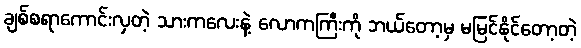
ချစ်စရာကောင်းလှတဲ့ သားကလေးနဲ့ လောကကြီးကို ဘယ်တော့မှ မမြင်နိုင်တော့တဲ့